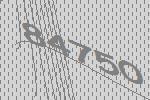
84750